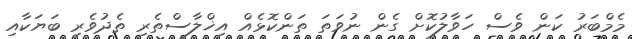
މެމްބަރު ކަން ވެސް ހަވާލުކޮށް ގެން ނުވަތަ ތަންކޮޅެއް އިޚްލާސްތެރި ތެދުވެރި ބަޔަކާއި